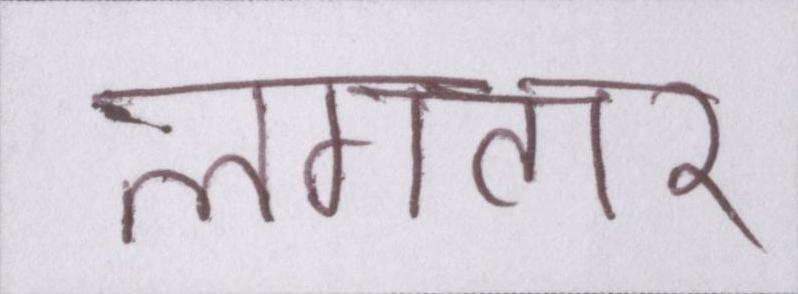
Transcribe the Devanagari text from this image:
लगतार